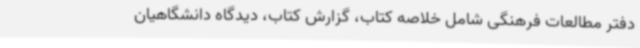
دفتر مطالعات فرهنگی شامل خلاصه کتاب، گزارش کتاب، دیدگاه دانشگاهیان